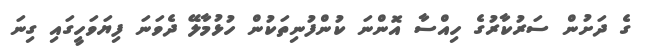
ގެ ދަށުން ސަރުކާރުގެ ހިއްސާ އޮންނަ ކުންފުނިތަކުން ހުޅުމާލޭ ދެވަނަ ފިޔަވަހީގައި ގިނަ